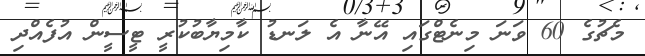
މެޗުގެ 60 ވަނަ މިނެޓްގައި އޭނާ އެ ލަނޑު ކާމިޔާބުކުރީ ޓީސީން އުފެއްދި